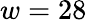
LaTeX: w=28